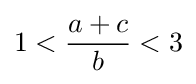
1<{\frac {a+c}{b}}<3